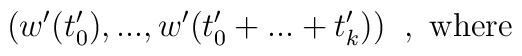
(w'(t'_0),...,w'(t'_0+...+t'_k))\;\;,\mbox{ where}